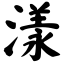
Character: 漾